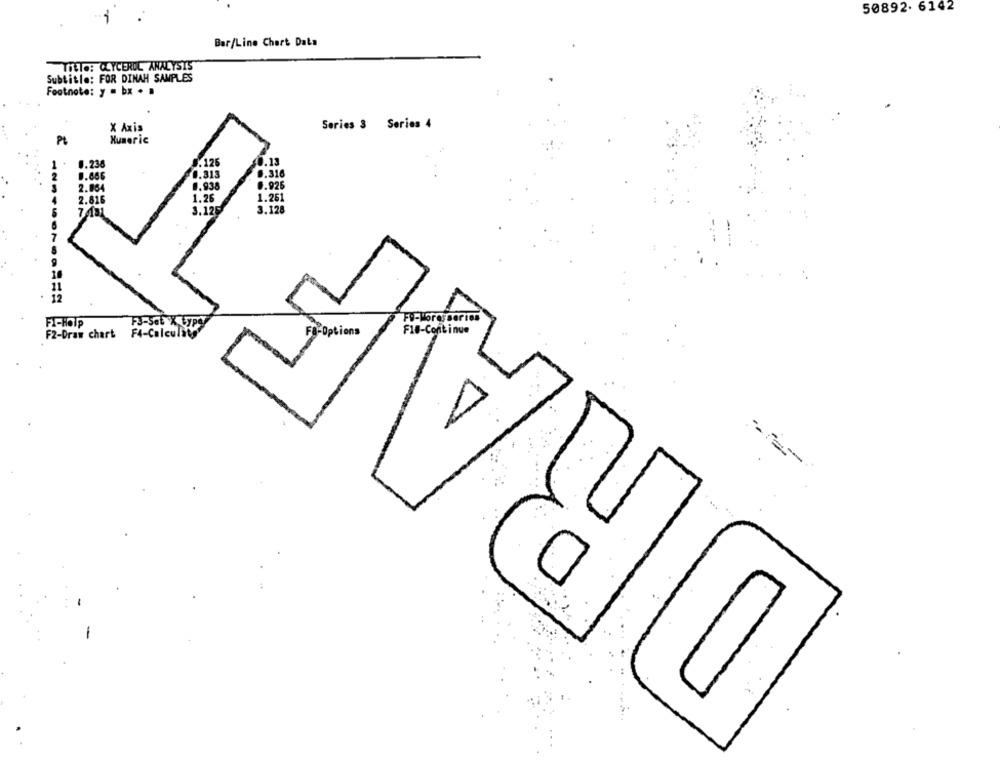
50892. 6142
Bar/Line Chart Data
TINTO: CLYCERUL ANALYSIS
Subtitle: FOR DINAH SAMPLES
Footnote: y = bx . .
X Axis
Series 3 Series 4
Pt
Xumeric
0.126
0.238
0.313
0.316
2.964
1.938
0.926
1.26
1.261
2.816
3.125
3.128
Fo-Moresseries
FI-HOIP
F3-Set X type
F2-Draw chart
F4-Calculity
-Options
Fl#-Continue
DIR
-- -